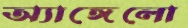
অ্যাঙ্গেলো